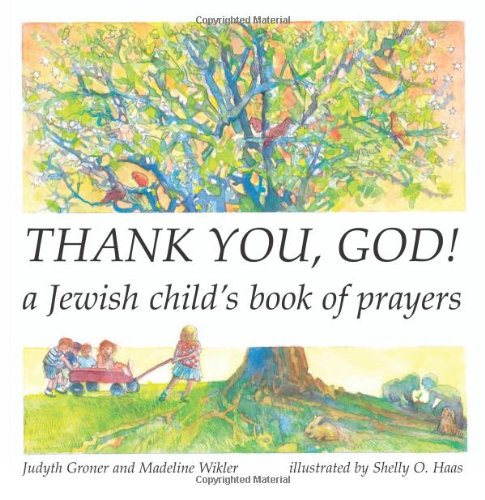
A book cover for Thank You, God! A Jewish Child's Book of Prayers (English and Hebrew Edition); Judyth Groner; Children's Books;